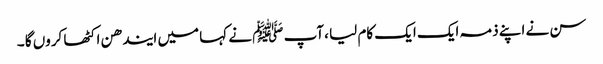
سن نے اپنے ذمہ ایک ایک کام لیا ،آپ ﷺ نے کہا میں ایندھن اکٹھا کروں گا ۔